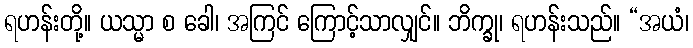
ရဟန်းတို့။ ယသ္မာ စ ခေါ၊ အကြင် ကြောင့်သာလျှင်။ ဘိက္ခု၊ ရဟန်းသည်။ “အယံ၊